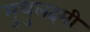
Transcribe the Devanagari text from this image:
मुधुलक्ष्मी